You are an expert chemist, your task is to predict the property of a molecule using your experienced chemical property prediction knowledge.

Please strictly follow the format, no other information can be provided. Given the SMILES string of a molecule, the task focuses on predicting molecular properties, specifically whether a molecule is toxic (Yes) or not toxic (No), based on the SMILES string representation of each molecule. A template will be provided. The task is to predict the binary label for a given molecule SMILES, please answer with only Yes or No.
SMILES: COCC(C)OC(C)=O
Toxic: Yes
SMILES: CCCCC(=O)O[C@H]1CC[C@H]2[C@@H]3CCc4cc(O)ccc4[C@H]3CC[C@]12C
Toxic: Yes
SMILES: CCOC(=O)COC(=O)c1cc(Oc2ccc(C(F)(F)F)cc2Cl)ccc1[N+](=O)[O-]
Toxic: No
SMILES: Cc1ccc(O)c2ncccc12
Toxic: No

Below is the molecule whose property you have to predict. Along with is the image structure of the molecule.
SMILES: O=C(Cl)c1ccc(F)c(Cl)c1
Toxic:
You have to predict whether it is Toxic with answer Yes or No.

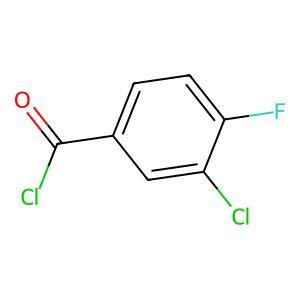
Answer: No